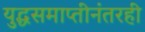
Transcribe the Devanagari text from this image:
युद्धसमाप्तीनंतरही